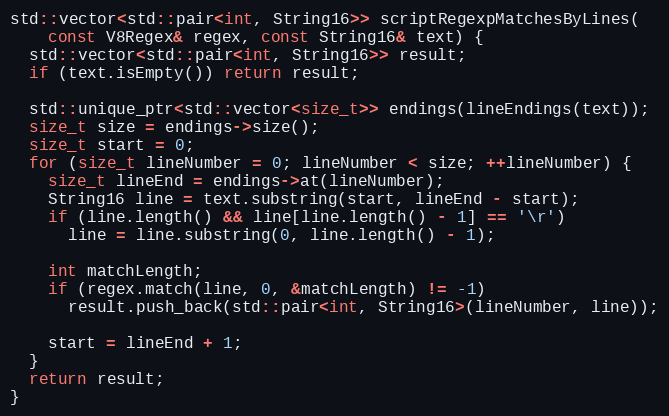
Language: C++
std::vector<std::pair<int, String16>> scriptRegexpMatchesByLines(
    const V8Regex& regex, const String16& text) {
  std::vector<std::pair<int, String16>> result;
  if (text.isEmpty()) return result;

  std::unique_ptr<std::vector<size_t>> endings(lineEndings(text));
  size_t size = endings->size();
  size_t start = 0;
  for (size_t lineNumber = 0; lineNumber < size; ++lineNumber) {
    size_t lineEnd = endings->at(lineNumber);
    String16 line = text.substring(start, lineEnd - start);
    if (line.length() && line[line.length() - 1] == '\r')
      line = line.substring(0, line.length() - 1);

    int matchLength;
    if (regex.match(line, 0, &matchLength) != -1)
      result.push_back(std::pair<int, String16>(lineNumber, line));

    start = lineEnd + 1;
  }
  return result;
}